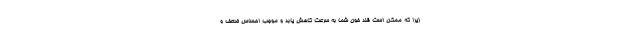
زیرا که ممکن است قند خون شما به سرعت کاهش یابد و موجب احساس ضعف و